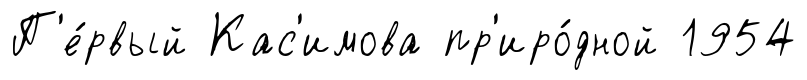
П'е́рвый Кас'имова пр'иро́дной 1954